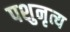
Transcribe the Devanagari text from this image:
पशुनृत्य